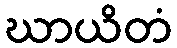
ဃာယိတံ